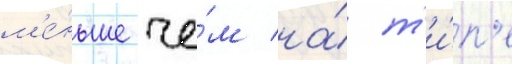
м'е́ньше че́м на́ т'и́п'е